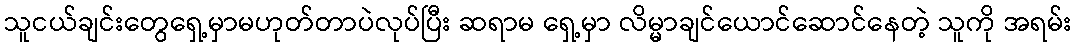
သူငယ်ချင်းတွေရှေ့မှာမဟုတ်တာပဲလုပ်ပြီး ဆရာမ ရှေ့မှာ လိမ္မာချင်ယောင်ဆောင်နေတဲ့ သူကို အရမ်း